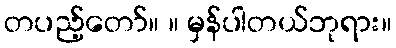
တပည့်တော်။ ။ မှန်ပါတယ်ဘုရား။